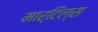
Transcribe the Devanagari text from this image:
मार्टिल्स